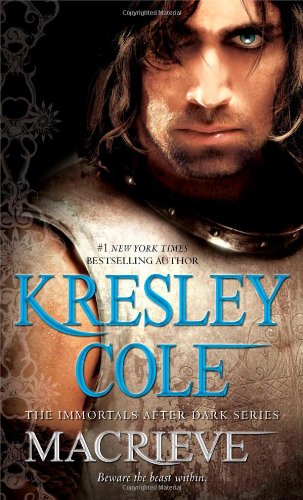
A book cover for MacRieve (Immortals After Dark); Kresley Cole; Romance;